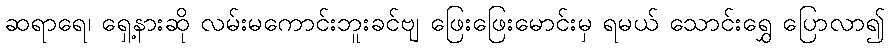
ဆရာရေ၊ ရှေ့နားဆို လမ်းမကောင်းဘူးခင်ဗျ ဖြေးဖြေးမောင်းမှ ရမယ် သောင်းရွှေ ပြောလာ၍